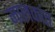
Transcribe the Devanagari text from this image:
मालकांत